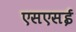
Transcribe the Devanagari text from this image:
एसएसई